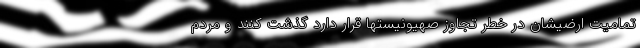
تمامیت ارضیشان در خطر تجاوز صهیونیستها قرار دارد گذشت کنند و مردم